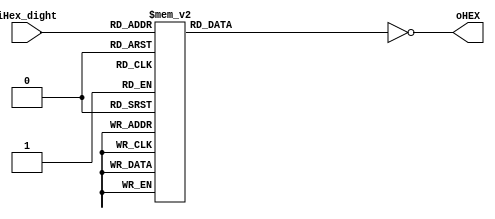
module DE0_7SEG(iHex_dight,oHEX);
input [3:0]iHex_dight;
output [6:0]oHEX;
reg [6:0]segment_data;
always@(iHex_dight)
case(iHex_dight)
	4'b0000:segment_data=7'b0111111;
	4'b0001:segment_data=7'b0000110;
	4'b0010:segment_data=7'b1011011;
	4'b0011:segment_data=7'b1001111;
	4'b0100:segment_data=7'b1100110;
	4'b0101:segment_data=7'b1101101;
	4'b0110:segment_data=7'b1111101;
	4'b0111:segment_data=7'b0000111;
	4'b1000:segment_data=7'b1111111;
	4'b1001:segment_data=7'b1101111;
	4'b1010:segment_data=7'b1110111;
	4'b1011:segment_data=7'b1111100;
	4'b1100:segment_data=7'b0111001;
	4'b1101:segment_data=7'b1011110;
	4'b1110:segment_data=7'b1111001;
	4'b1111:segment_data=7'b1110001;
	default:segment_data=7'b0111110;
	endcase
	assign oHEX=~segment_data;
	endmodule